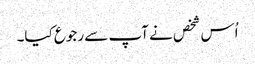
اُس شخص نے آپ سے رجوع کیا۔